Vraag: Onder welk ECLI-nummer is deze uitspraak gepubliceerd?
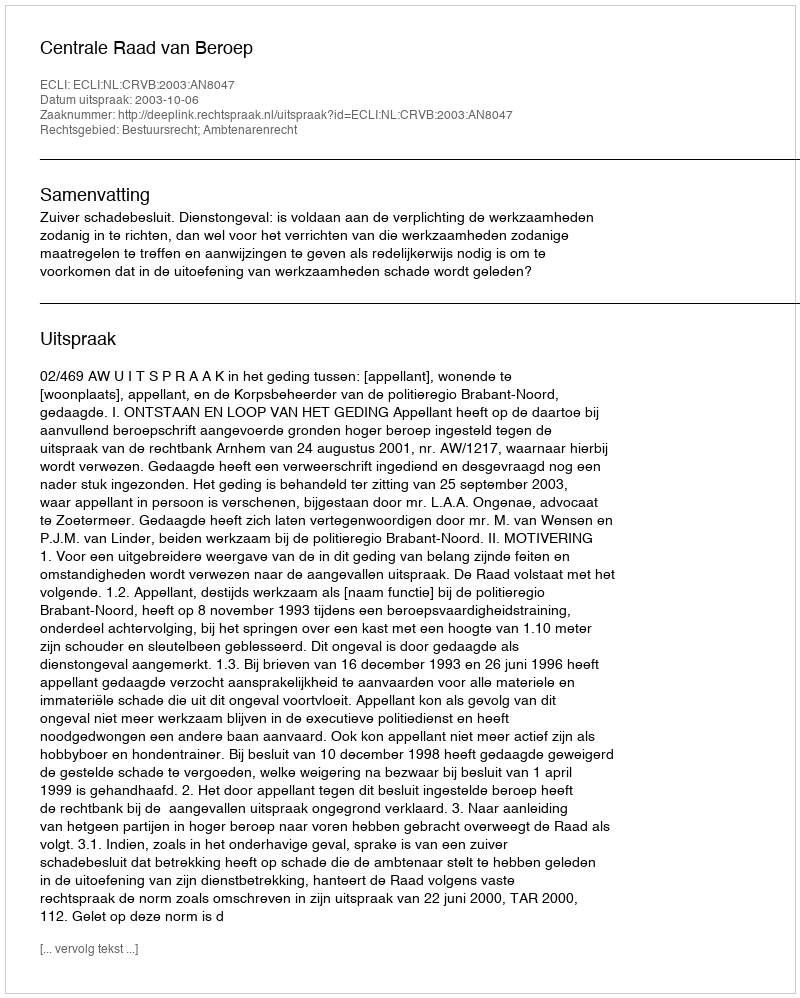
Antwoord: ECLI:NL:CRVB:2003:AN8047